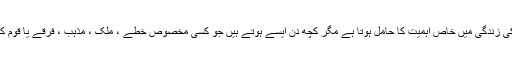
ہر دن کسی نہ کسی کی زندگی میں خاص اہمیت کا حامل ہوتا ہے مگر کچھ دن ایسے ہوتے ہیں جو کسی مخصوص خطے ، ملک ، مذہب ، فرقے یا قوم کے لئے اہم ہوتے ہیں۔